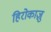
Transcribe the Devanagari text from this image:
हिरोकाज़ु